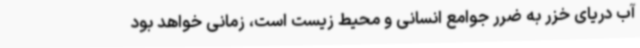
آب دریای خزر به ضرر جوامع انسانی و محیط زیست است، زمانی خواهد بود